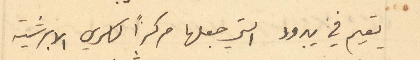
يقيم في يبرود التي جعلها مركزًا لكرسي الابرشية